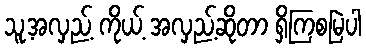
သူ့အလှည့် ကိုယ့် အလှည့်ဆိုတာ ရှိကြစမြဲပါ